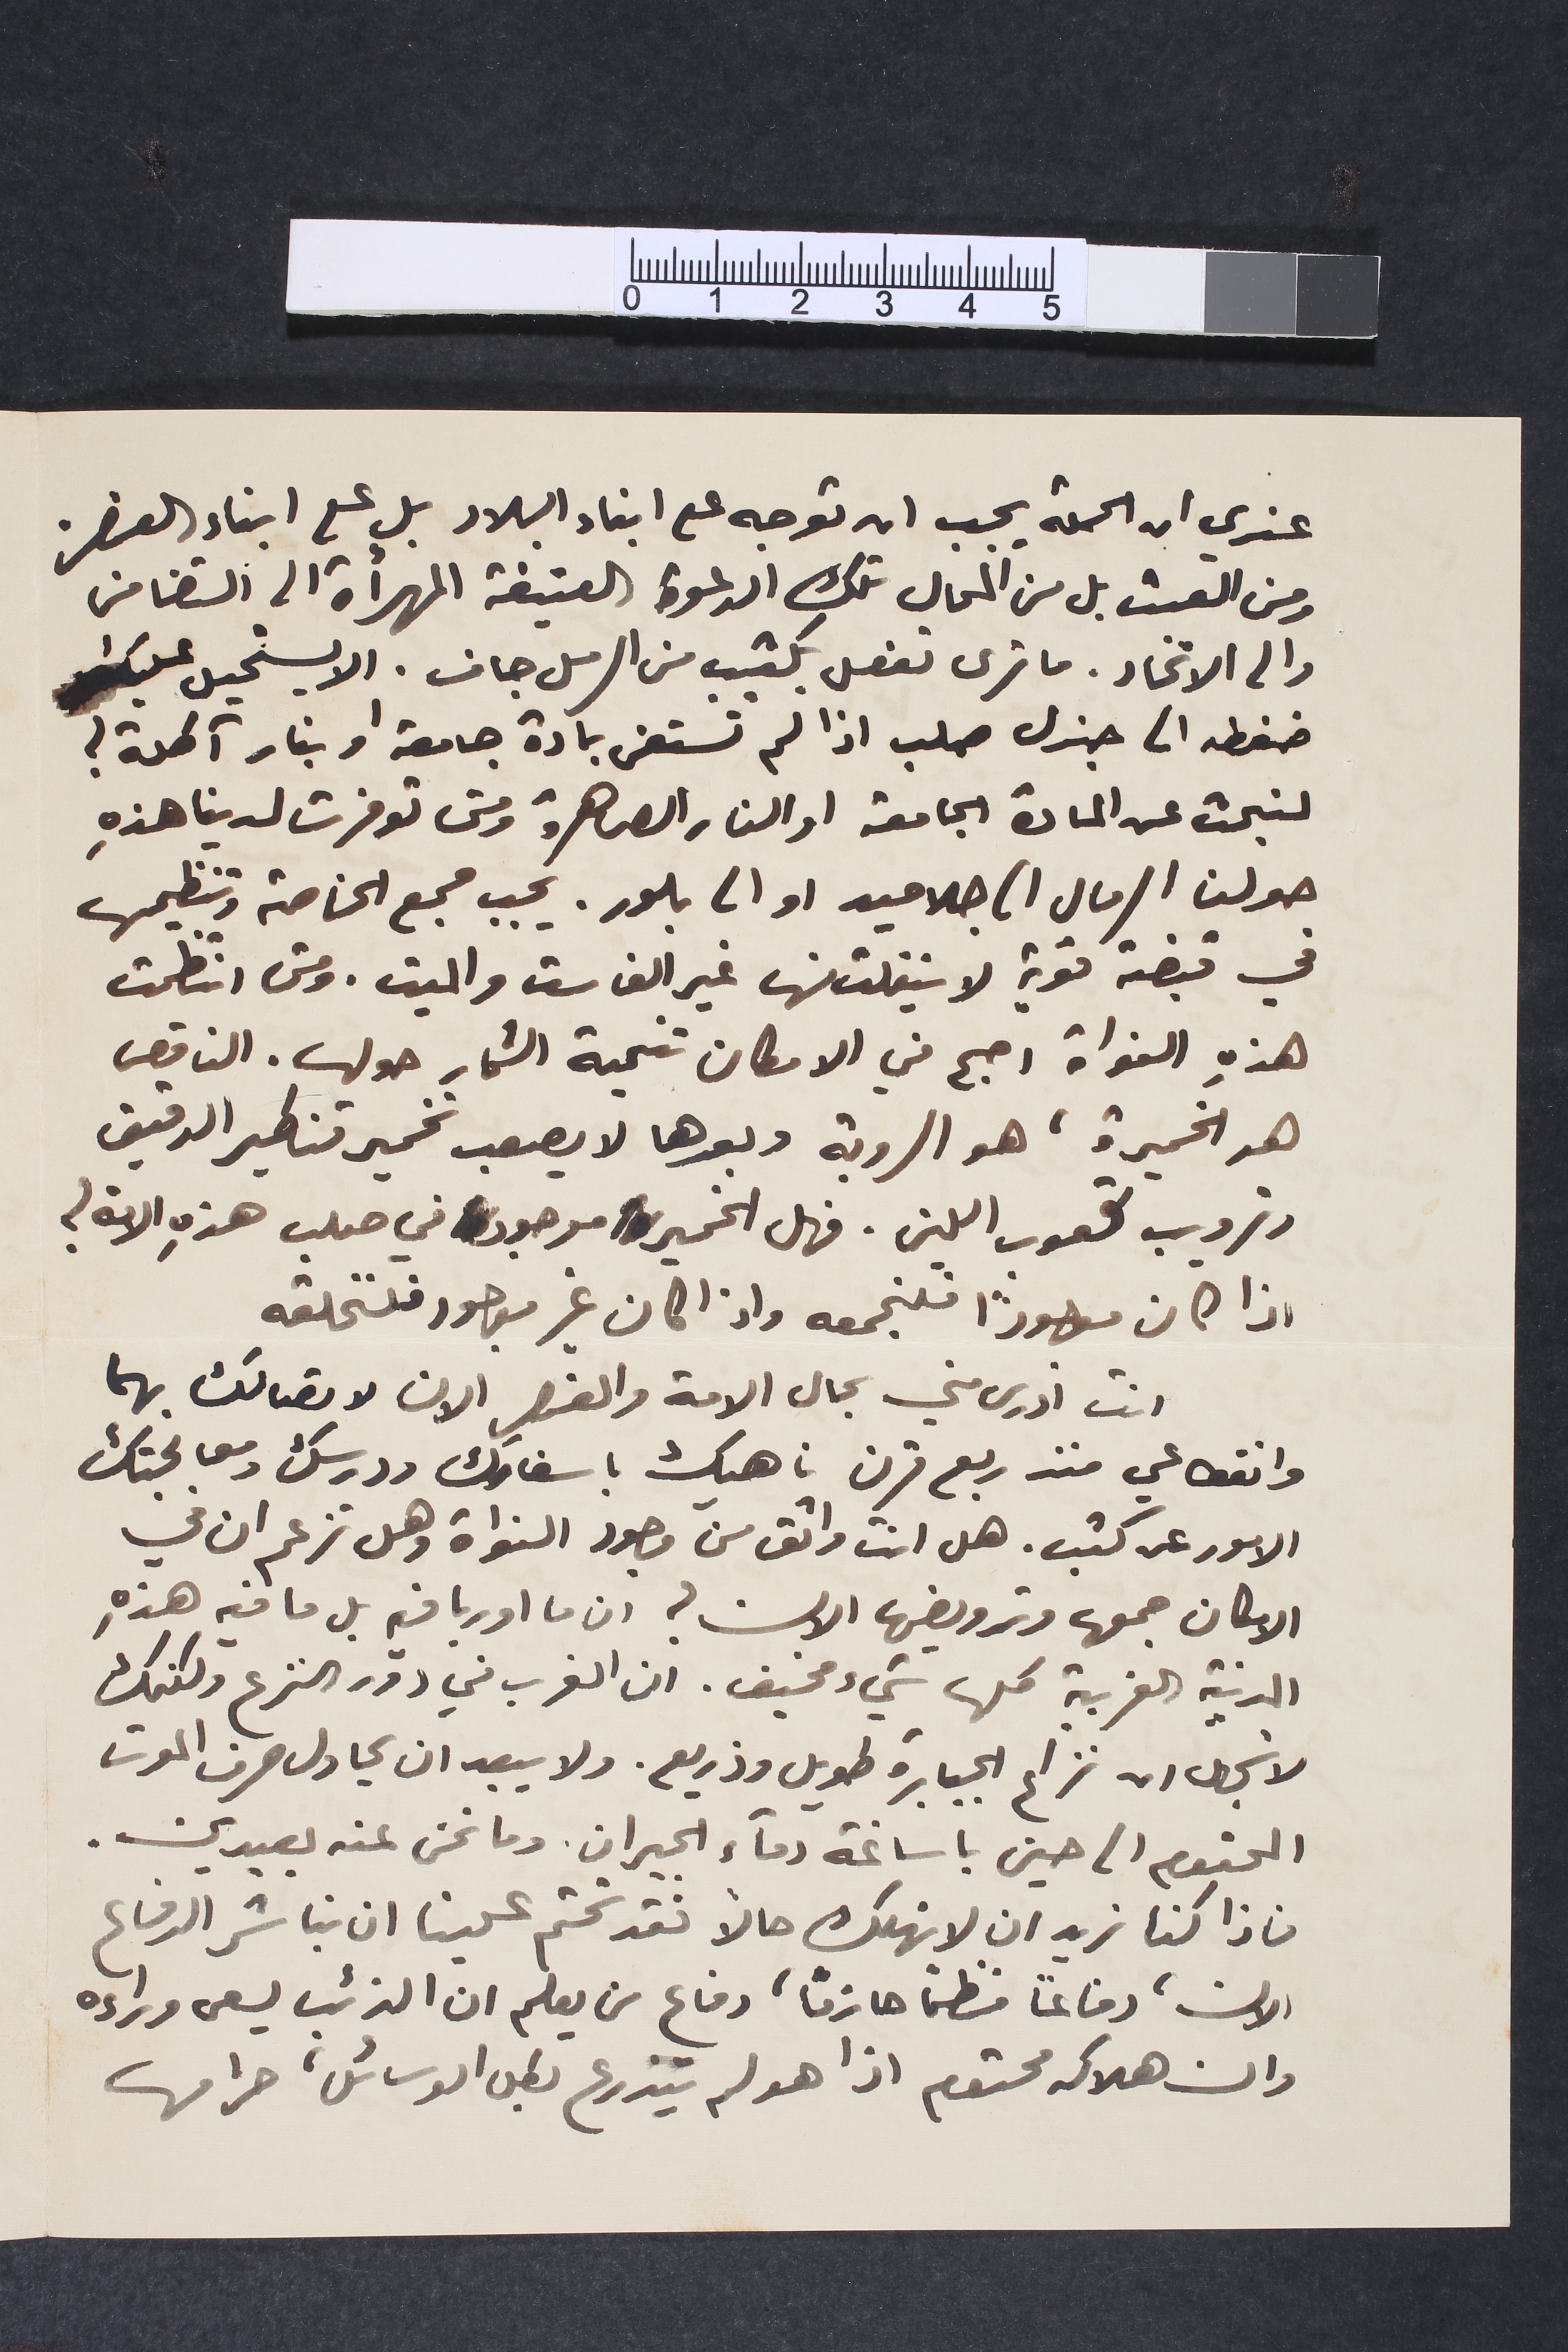
عندي ان الحملة يجب ان توجه على ابناء البلاد بل على ابناء العنصر
ومن العبث بل من المحال تلك الدعوة العتيقة المهرأة الى التضامن
والى الاتحاد. ما ترى تفعل بكثيب من الرمل جاف. الا يستحيل عليك
ضغطه الى جندل صلب اذا لم تستعن بمادة جامعة او بنار آكلة؟
لنبحث عن المادة الجامعة او النار الصاهرة ومتى توفرت لدينا هذهِ
حولت الرمال الى جلاميد او الى بلور. يجب جمع الخاصة وتنظيمها
في قبضة قوية لا يتفلت منها غير الفاسق والميت. ومتى انتظمت
هذهِ النواة اصبح في الامكان تنمية الثمار حولها. الناقص
هو الخميرة، هو الروبة وبعدها لا يصعب تخمير قناطير الدقيق
وترويب كعوب اللبن. فهل الخمير موجود في صلب هذهِ الامة؟
اذا كان موجوداً فلنجمعه واذا كان غير موجود فلنخلقه
انت أدرى مني بحال الامة والعنصر الان لاتصالك بهما
وانقطاعي منذ ربع قرن ناهيك باسفارك ودرسك ومعالجتك
الامور عن كثب. هل انت واثق من وجود النواة وهل تزعم ان في
الامكان جمعها وترويضها الان؟ ان ما اوربا فيه بل ما فيه هذِه
المدنية الغربية كلها شيء مخيف. ان الغرب في دور النزع ولكنك
لا تجهل انه نزاع الجبابرة طويل وذريع. ولا يبعد ان يحاول صرف الموت
المحتوم الى حين باساغة دماء الجيران. وما نحن عنه بعيدين.
فاذا كنا نريد ان لا نهلك حالاً فقد تحتم علينا ان نباشر الدفاع
الان، دفاعاً منظماً حازماً، دفاع من يعلم ان الذئب يسعى وراءه
وان هلاكه محتوم اذا هو لم يتذرع بكل الوسائل، حرامها